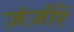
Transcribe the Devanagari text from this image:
ज़ंज़ीरें